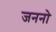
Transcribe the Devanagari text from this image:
जननो